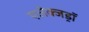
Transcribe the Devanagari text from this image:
एलेक्जड्राॅ